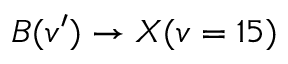
B ( v ^ { \prime } ) \rightarrow X ( v = 1 5 )